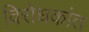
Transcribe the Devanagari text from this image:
विरोधकांत